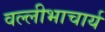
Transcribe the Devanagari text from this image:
वल्लीभाचार्य